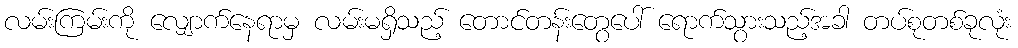
လမ်းကြမ်းကို လျှောက်နေရာမှ လမ်းမရှိသည့် တောင်တန်းတွေပေါ် ရောက်သွားသည့်အခါ တပ်စုတစ်ခုလုံး